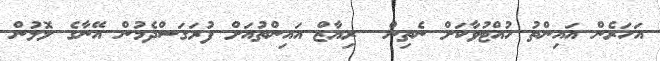
އަހަރެން އައިންތު ހުއްޓުވާކަށް ނެތިން  ރިޔާޒް އައިންތުއަށް ފުރަގަސްދެމުން އޭނާގެ ލޮލުން